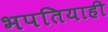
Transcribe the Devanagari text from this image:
भपतियाही